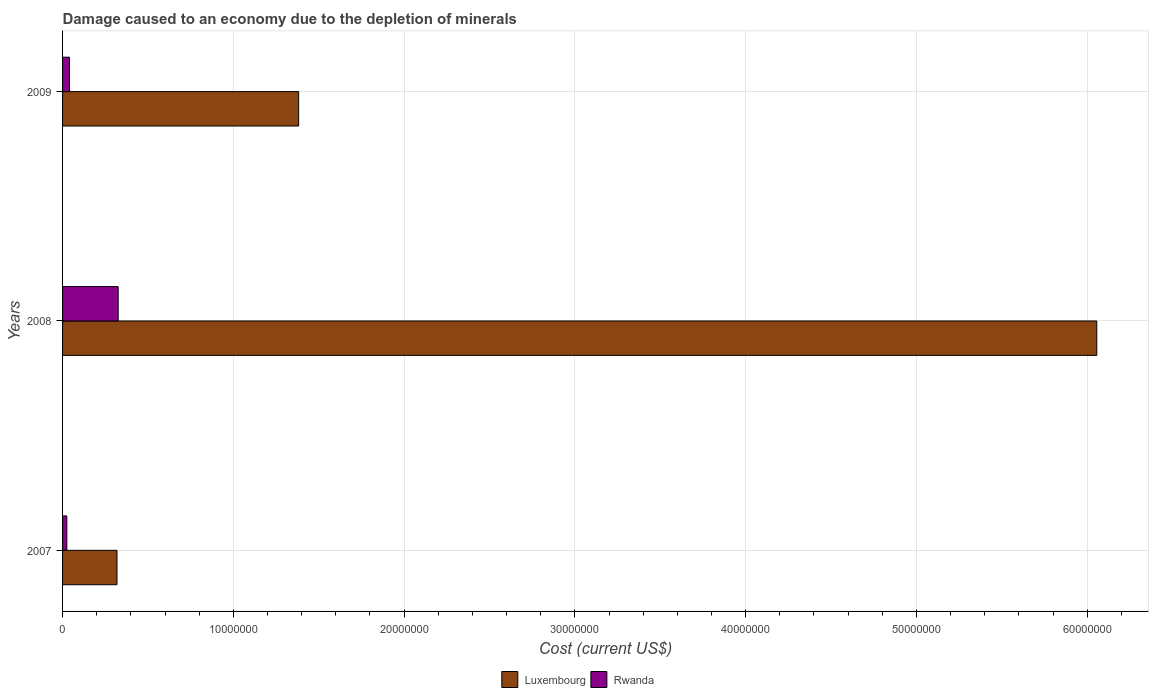
| Years | Luxembourg | Rwanda |
 | --- | --- | --- |
 | 2007 | 3.19e+06 | 2.5e+05 |
 | 2008 | 6.06e+07 | 3.26e+06 |
 | 2009 | 1.38e+07 | 4.06e+05 |